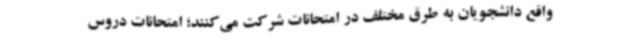
واقع دانشجویان به طرق مختلف در امتحانات شرکت می‌کنند؛ امتحانات دروس